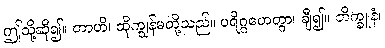
ဤသို့ဆို၍။ တာဟိ၊ ထိုကျွန်မတို့သည်။ ပရိဂ္ဂဟေတွာ၊ ချီ၍။ ဘိက္ခူနံ၊